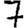
Digit: 7